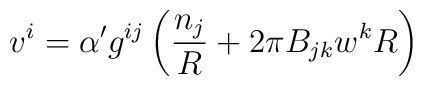
v^i = \alpha^\prime g^{ij}\left( \frac{n_j}{R} + 2\pi B_{jk} w^k R\right)